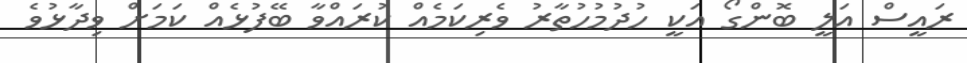
ރައީސް އަލީ ބޮންގޯ އަކީ ހުދުމުހުތާރު ވެރިކަމެއް ކުރައްވާ ބޭފުޅެއް ކަމަށް ވިދާޅުވެ